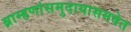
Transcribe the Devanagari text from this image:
ब्राम्हणांसमुदायासमवेत